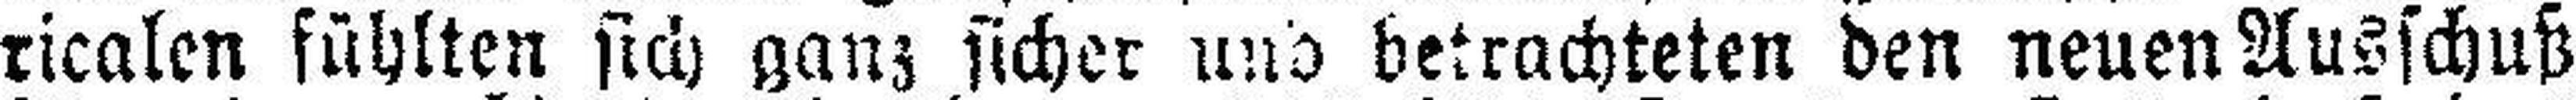
ricalen fühlten sich ganz sicher und betrachteten den neuen Ausschuß